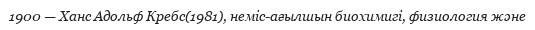
1900 — Ханс Адольф Кребс(1981), неміс-ағылшын биохимигі, физиология және